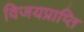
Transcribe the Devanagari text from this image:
विजयप्राप्ति